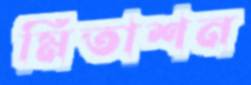
মিতাশন